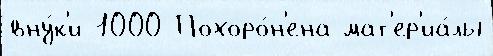
вну́к'и 1000 Похоро́н'ена мат'ер'иа́лы